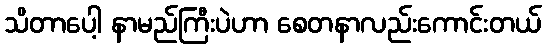
သိတာပေါ့ နာမည်ကြီးပဲဟာ စေတနာလည်းကောင်းတယ်